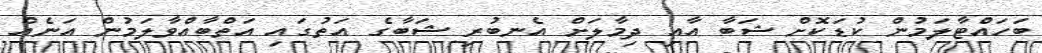
ބަހައްޓާލަމުން ކުޑަކޮށް ޝަބާ އާއި ދިމާލަށް އެނބުރި ޝަބާގެ އަތުގައި އަތްބާއްވާލަމުން އަނެއް